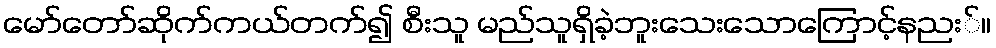
မော်တော်ဆိုက်ကယ်တက်၍ စီးသူ မည်သူရှိခဲ့ဘူးသေးသောကြောင့်နညး်။